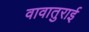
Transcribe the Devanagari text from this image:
वावातुराई